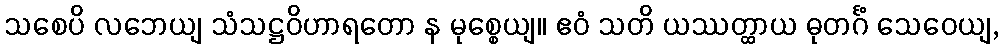
သစေပိ လဘေယျ သံသဋ္ဌဝိဟာရတော န မုစ္စေယျ။ ဧဝံ သတိ ယဿတ္ထာယ ဓုတင်္ဂံ သေဝေယျ,